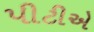
પીટીએ